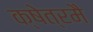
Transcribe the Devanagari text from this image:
क्षेत्रमै